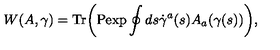
W ( A , \gamma ) = \mathrm { T r } \biggr ( \mathrm { P e x p } \oint d s \dot { \gamma } ^ { a } ( s ) A _ { a } ( \gamma ( s ) ) \biggr ) ,